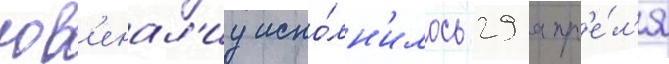
юв'енал'иу испо́лн'илось 29 апр'е́л'я